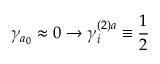
\gamma _ { a _ { 0 } } \approx 0 \rightarrow \gamma _ { i } ^ { ( 2 ) a } \equiv \frac { 1 } { 2 }